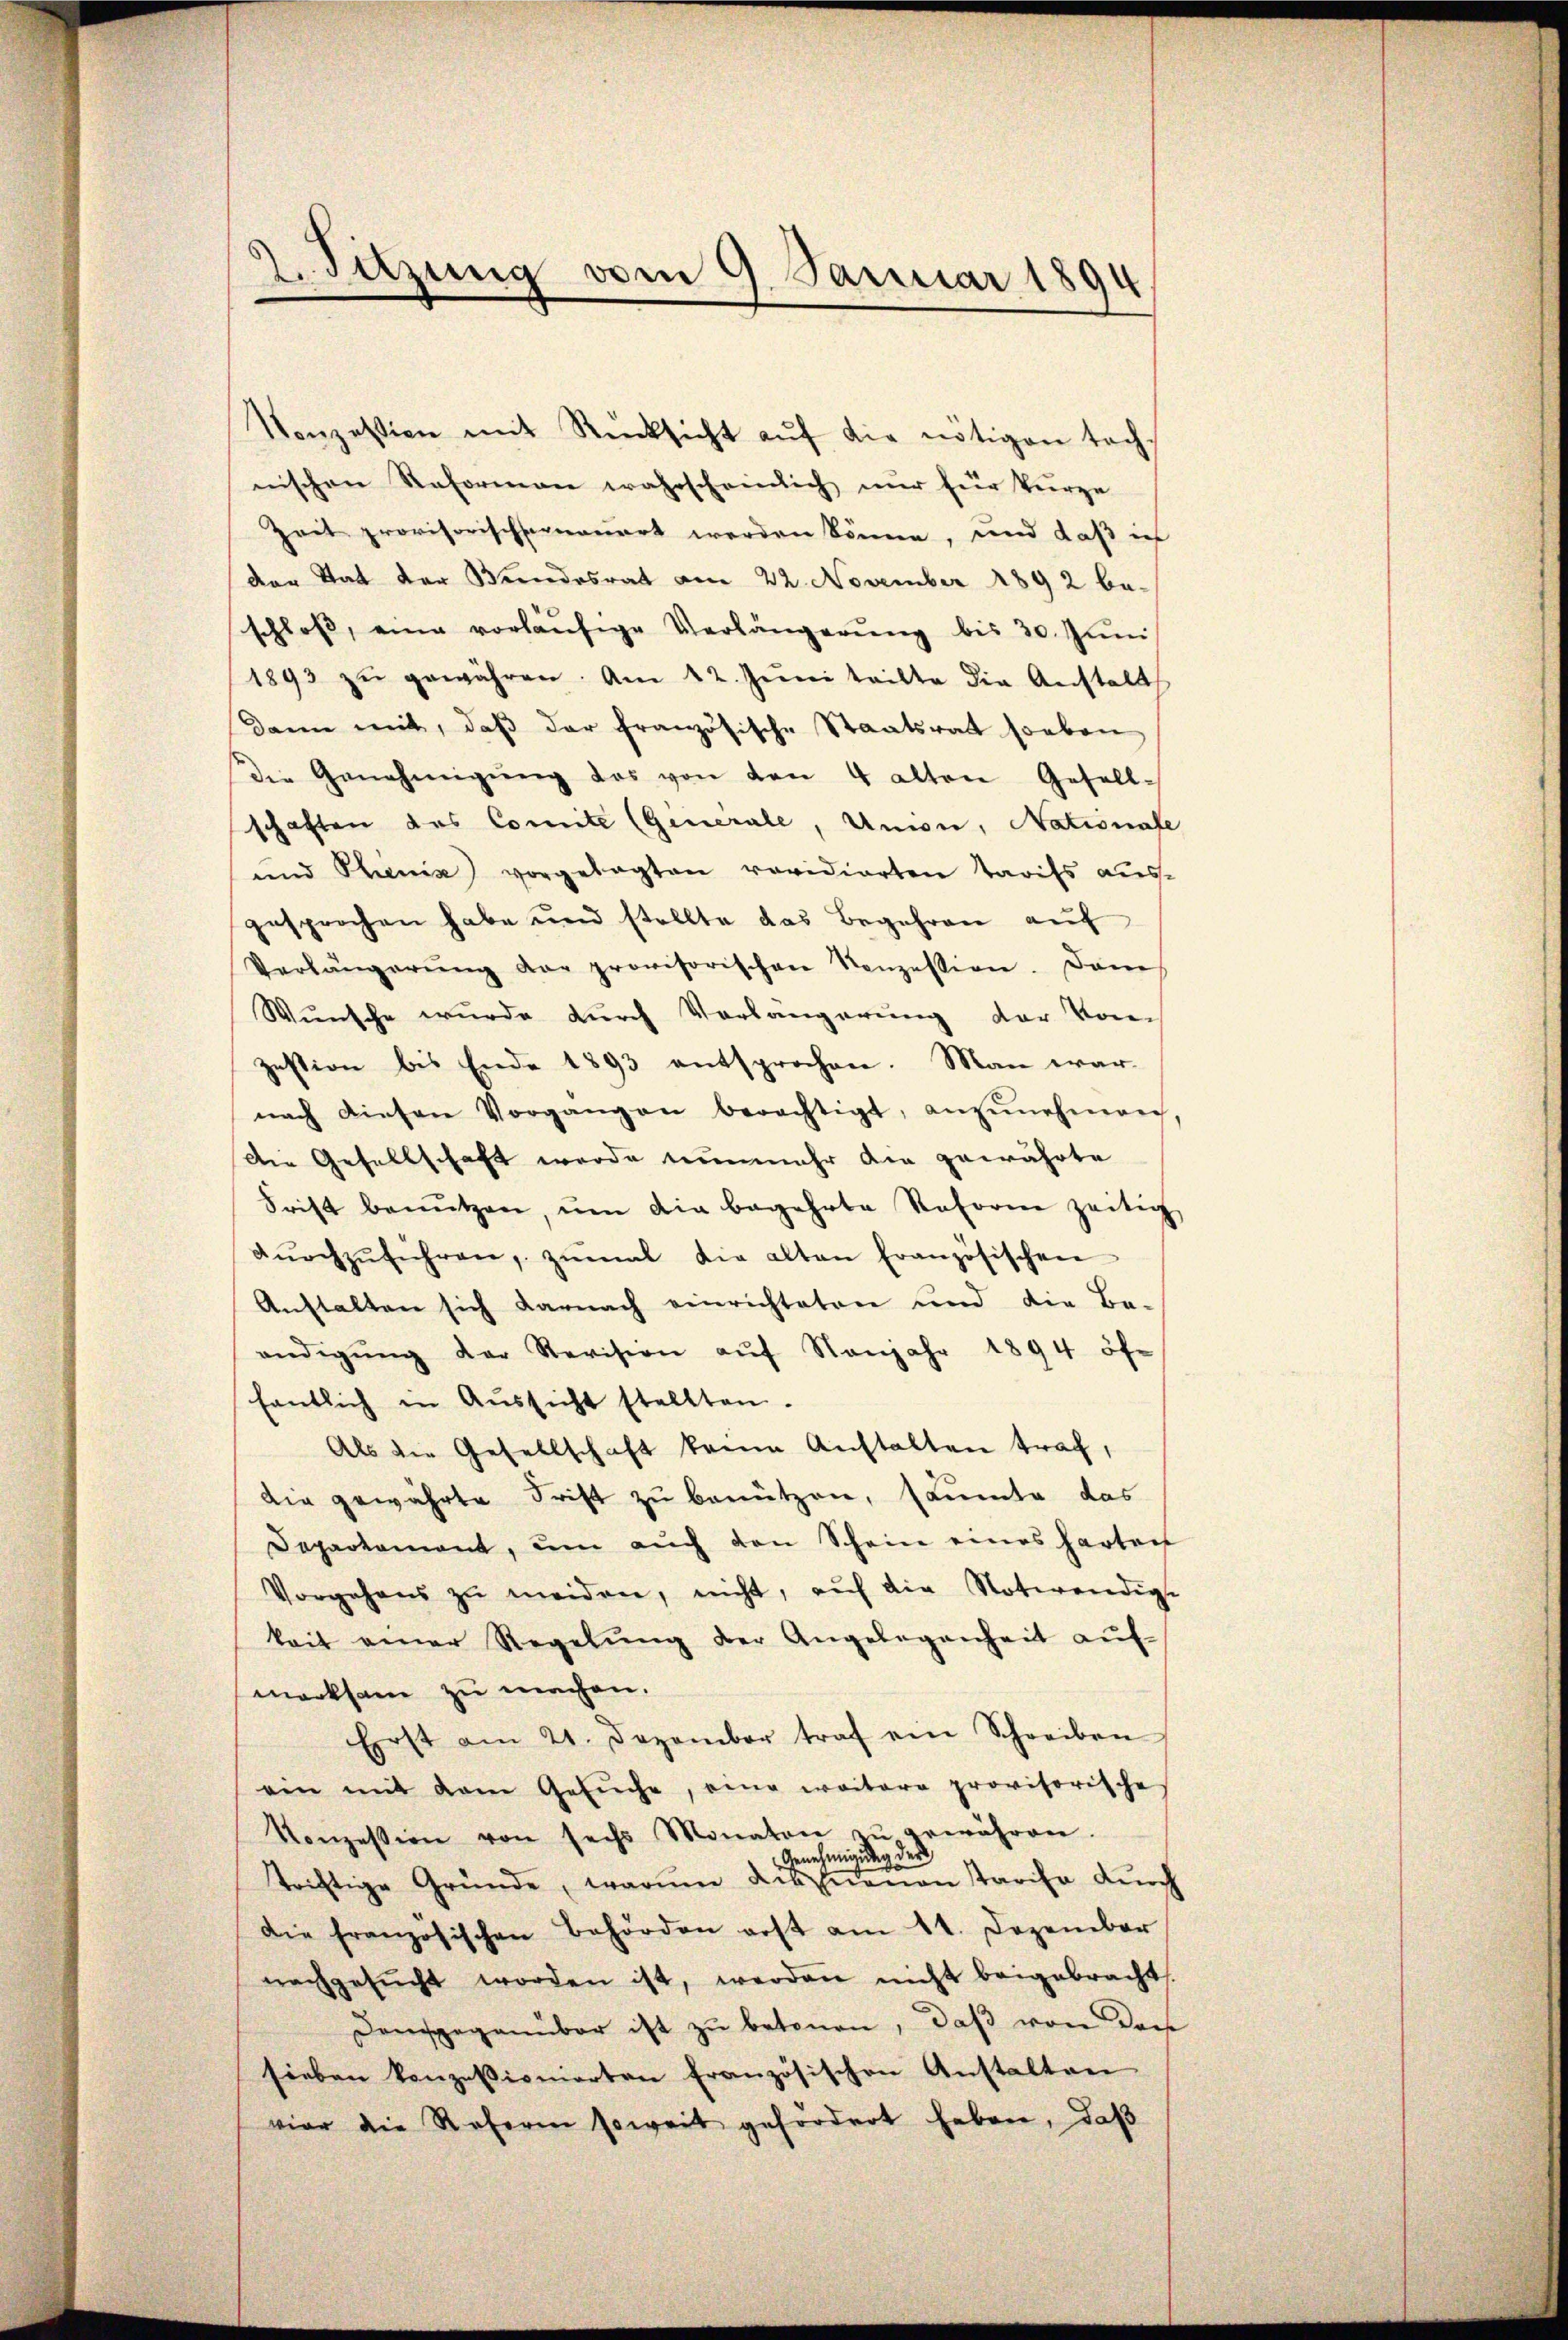
Vonzession mit Rücksicht aŭf die nötigen tachnischen Reforman wahrscheinlich nur für Vierze
Zeit provisorischenauert werden könne, und daß ich
der Stat der Bundesrat am 22. November 1892 be-
schloß, eine vorläŭfige Verlängerŭng bis 30. Jŭni
1893 zŭ gewähren. Am 12. Jŭni teilte die Anstalt
Dann mit, daβ der französische Staatsrat soeben
Die Genehmigŭng des von den 4 alten Gesell-
schaften das Comite (Generale, Union, Nationale
und Thienis vorgelegten revidierten Tarifs aus-
gesprochen habe und stellte das Begehren auf
Verlängerŭng der provisorischen Konzession. Dann
Wünsche wurde durch Vorlängerung der Von
zestion bis Ende 1893 entsprochen. Man warnach diesen Vorgangen berechtigt, anzŭnehmen,
Die Gesellschaft werde nunmehr die gewährte
Frist benŭtzen, ŭm die begehrte Reform zeitig
dŭrchzŭführen, zŭmal die alten französischen
Anstalten sich darnach einrichteten und die Be-
endigŭng der Revision aŭf Nonjahr 1894 öf-
fentlich in Aŭssicht stellten.
Als die Gesellschaft keine Anstalten traf,
Die gewährte Frist zu benützen, säumte das
Departament, um auch den Schein eines harten
Vorgehens zu meiden, nicht, auf die Notwendige
keit einer Regelŭng der Angelegenheit aŭf-
merksam zu machen.
Erst am 21. Dezember traf ein Schreiben
ein mit dem Gesŭche, eine weitere provisorische
Konzession von sechs Monaten zŭ gewähren.
Genehmigung der
triftige Gründe, warum des Canon starisa durch
Die französischen Behörden erst am 11. Dezember
nachgesŭcht worden ist, werden nicht beigebracht
Damsgegenüber ist zu betonen, daß von ders
sieben konzessionierten französischen Anstalten
vier die Refern soweit gefördert haben, daß

Sitzung vom 9. Januar 1894